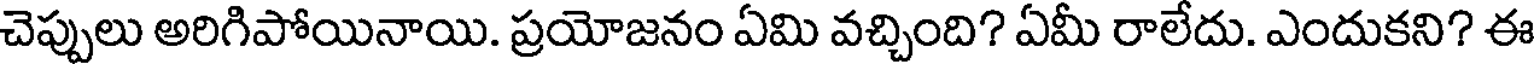
చెప్పులు అరిగిపోయినాయి. ప్రయోజనం ఏమి వచ్చింది? ఏమీ రాలేదు. ఎందుకని? ఈ